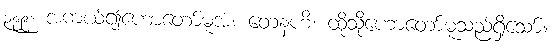
၃၉၉။ အကယ်၍ဟောတော်မူအံ့။ တေနဟိ၊ ထိုသို့ဟောတော်မူသည်ရှိသော်။